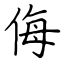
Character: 侮